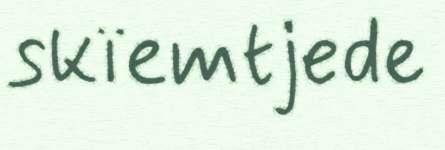
skïemtjede